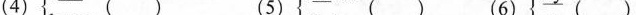
（4） （ ） （5） （ ） （6） （ ）